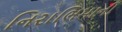
નિરાભિમાની